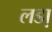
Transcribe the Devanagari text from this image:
लडा़